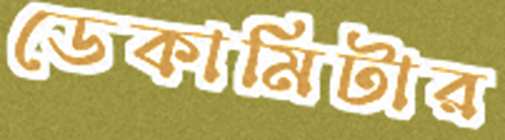
ডেকামিটার